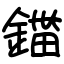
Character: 鍿